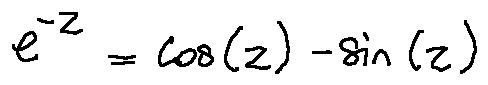
e ^ { - z } = \cos ( z ) - \sin ( z )